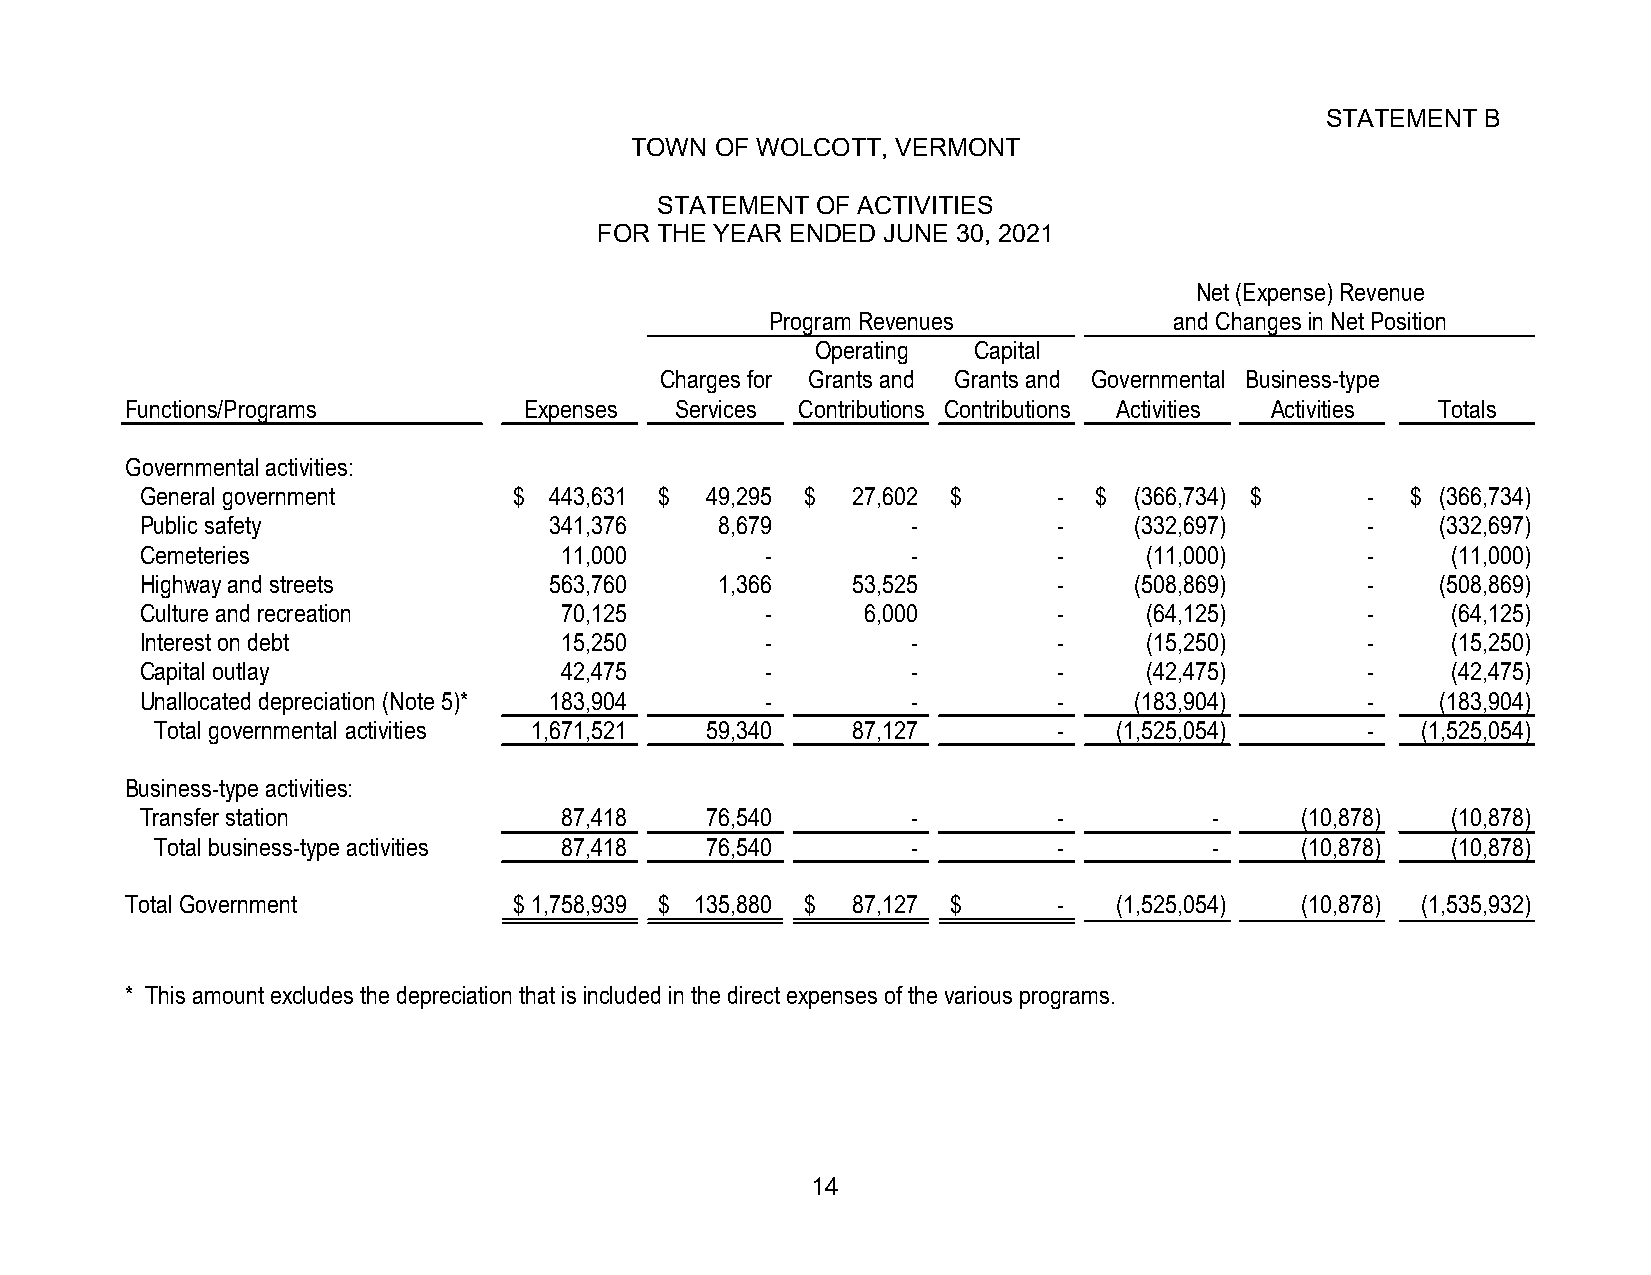
STATEMENT B
 TOWN OF WOLCOTT, VERMONT
 STATEMENT  OF ACTIVITIES
 FOR THE YEAR ENDED JUNE 30, 2021
 Net (Expense) Revenue
 Program Revenues           and Changes in Net Position
 Operating Capital
 Charges for Grants and Grants and Governmental Business-type
 Functions/Programs         Expenses  Services Contributions Contributions Activities Activities Totals
 Governmental activities:
 General government       $ 4 43,631 $ 4 9,295 $ 2 7,602 $    - $  (366,734) $    -  $ (366,734)
 Public safety              3 41,376    8 ,679      -         -    (332,697)      -    (332,697)
 Cemeteries                  1 1,000       -        -         -     (11,000)      -     (11,000)
 Highway and streets        5 63,760    1 ,366  5 3,525       -    (508,869)      -    (508,869)
 Culture and recreation      7 0,125       -     6 ,000       -     (64,125)      -     (64,125)
 Interest on debt            1 5,250       -        -         -     (15,250)      -     (15,250)
 Capital outlay              4 2,475       -        -         -     (42,475)      -     (42,475)
 Unallocated depreciation (Note 5)* 1 83,904 -      -         -    (183,904)      -    (183,904)
 Total governmental activities 1 ,671,521 5 9,340 8 7,127    -   (1,525,054)     -   (1,525,054)
 Business-type activities:
 Transfer station            8 7,418   7 6,540      -         -         -     (10,878)  (10,878)
 Total business-type activities 8 7,418 7 6,540    -         -         -     (10,878)  (10,878)
 Total Government          $ 1 ,758,939 $ 1 35,880 $ 8 7,127 $ -   (1,525,054) (10,878) (1,535,932)
 * This amount excludes the depreciation that is included in the direct expenses of the various programs.
 14